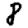
Digit: 8